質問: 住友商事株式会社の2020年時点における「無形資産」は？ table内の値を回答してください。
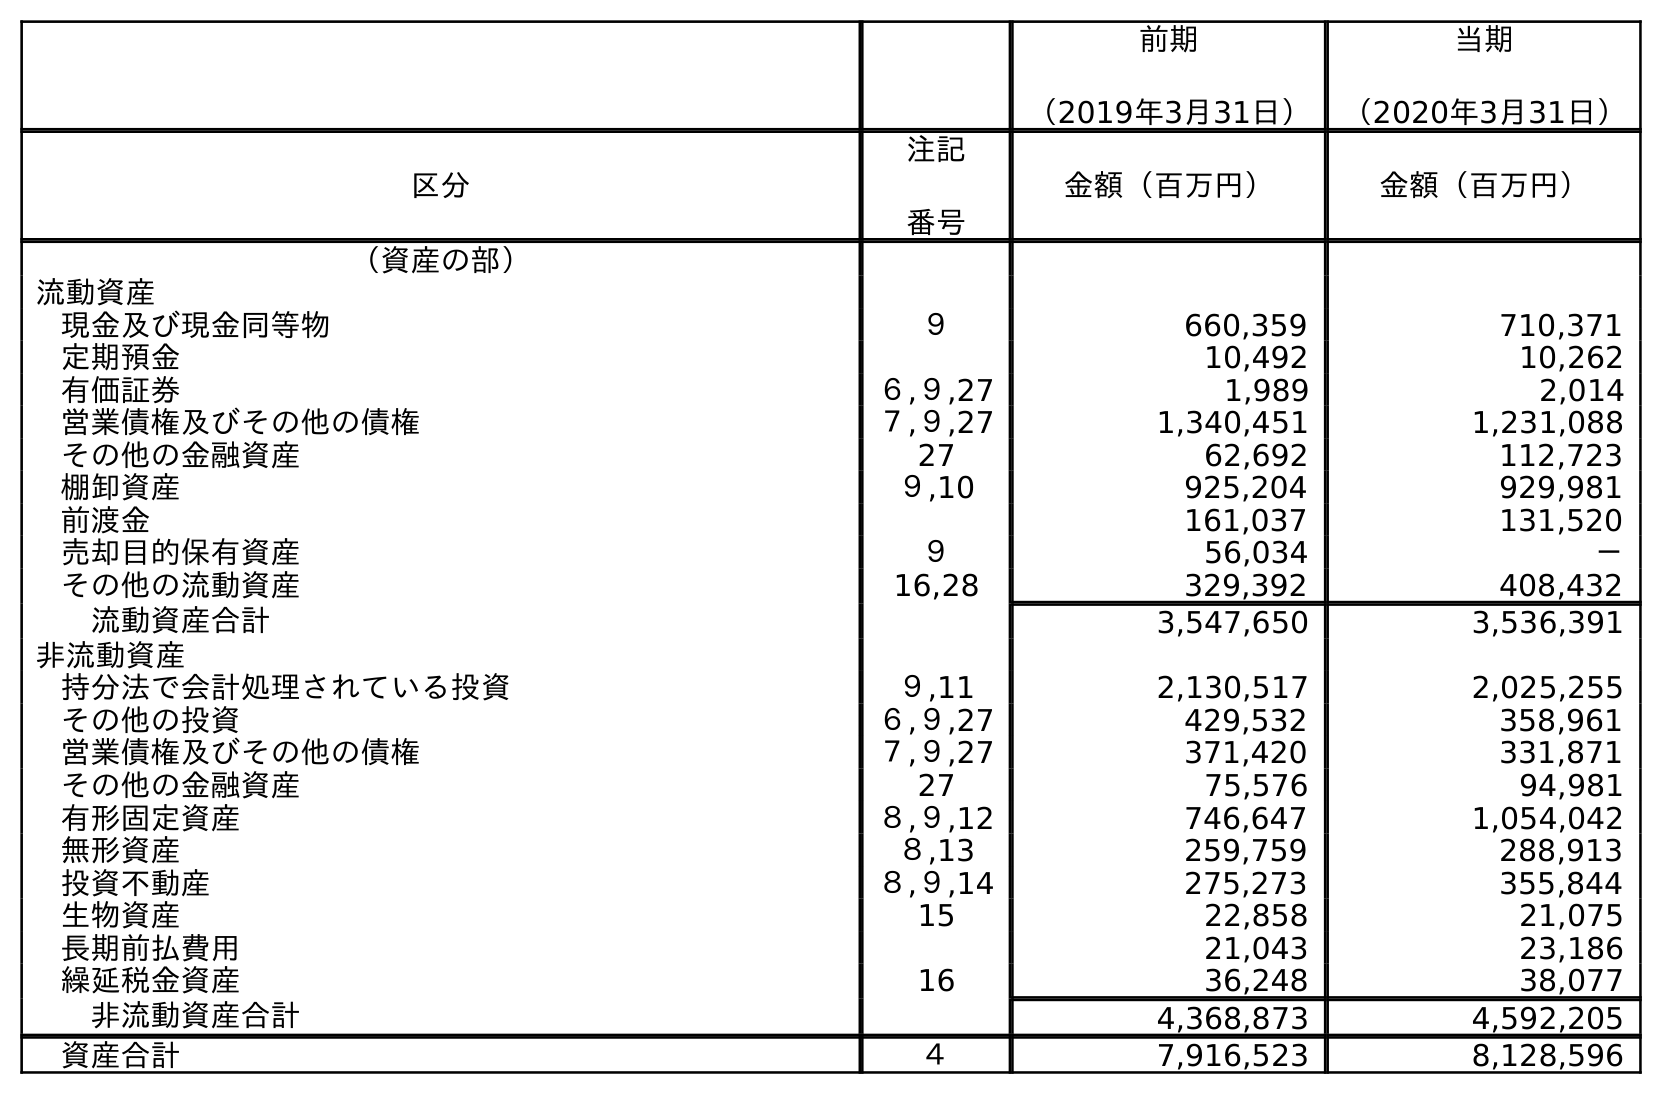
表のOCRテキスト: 前期 （2019年3月31日） 当期 （2020年3月31日） 区分 注記 番号 金額（百万円） 金額（百万円） （資産の部） 流動資産 現金及び現金同等物 ９ 660,359 710,371 定期預金 10,492 10,262 有価証券 ６,９,27 1,989 2,014 営業債権及びその他の債権 ７,９,27 1,340,451 1,231,088 その他の金融資産 27 62,692 112,723 棚卸資産 ９,10 925,204 929,981 前渡金 161,037 131,520 売却目的保有資産 ９ 56,034 － その他の流動資産 16,28 329,392 408,432 流動資産合計 3,547,650 3,536,391 非流動資産 持分法で会計処理されている投資 ９,11 2,130,517 2,025,255 その他の投資 ６,９,27 429,532 358,961 営業債権及びその他の債権 ７,９,27 371,420 331,871 その他の金融資産 27 75,576 94,981 有形固定資産 ８,９,12 746,647 1,054,042 無形資産 ８,13 259,759 288,913 投資不動産 ８,９,14 275,273 355,844 生物資産 15 22,858 21,075 長期前払費用 21,043 23,186 繰延税金資産 16 36,248 38,077 非流動資産合計 4,368,873 4,592,205 資産合計 ４ 7,916,523 8,128,596
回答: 288,913